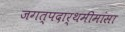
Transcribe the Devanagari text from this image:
जगत्पदार्थमीमांसा